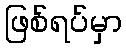
ဖြစ်ရပ်မှာ